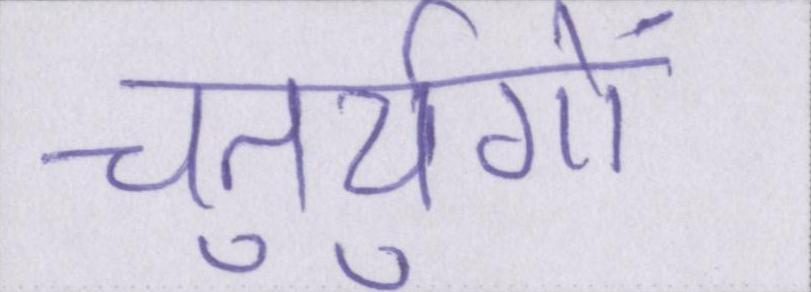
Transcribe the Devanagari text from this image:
चतुर्युगों